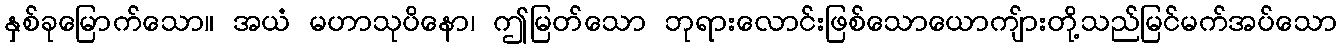
နှစ်ခုမြောက်သော။ အယံ မဟာသုပိနော၊ ဤမြတ်သော ဘုရားလောင်းဖြစ်သောယောကျ်ားတို့သည်မြင်မက်အပ်သော